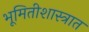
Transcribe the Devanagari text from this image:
भूमितीशास्त्रात